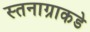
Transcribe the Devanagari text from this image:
स्तनाग्राकडे